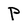
Character: P